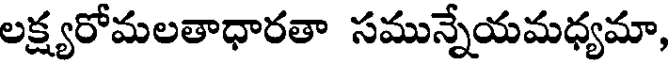
లక్ష్యరోమలతాధారతా సమున్నేయమధ్యమా,